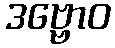
ဒဗ္ဗောဝ